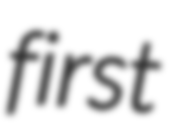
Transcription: first